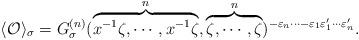
LaTeX: \begin{align*}\langle {\cal O} \rangle_\sigma =G^{(n)}_\sigma(\overbrace{x^{-1}\zeta,\cdots,x^{-1}\zeta}^{n}, \overbrace{\zeta,\cdots,\zeta}^{n})^{-\varepsilon_{n}\cdots -\varepsilon_{1}\varepsilon'_1 \cdots \varepsilon'_{n}}. \end{align*}